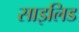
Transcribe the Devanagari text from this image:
साइलिड